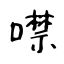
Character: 噤